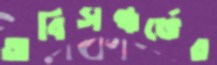
অবিসন্ধর্ভের